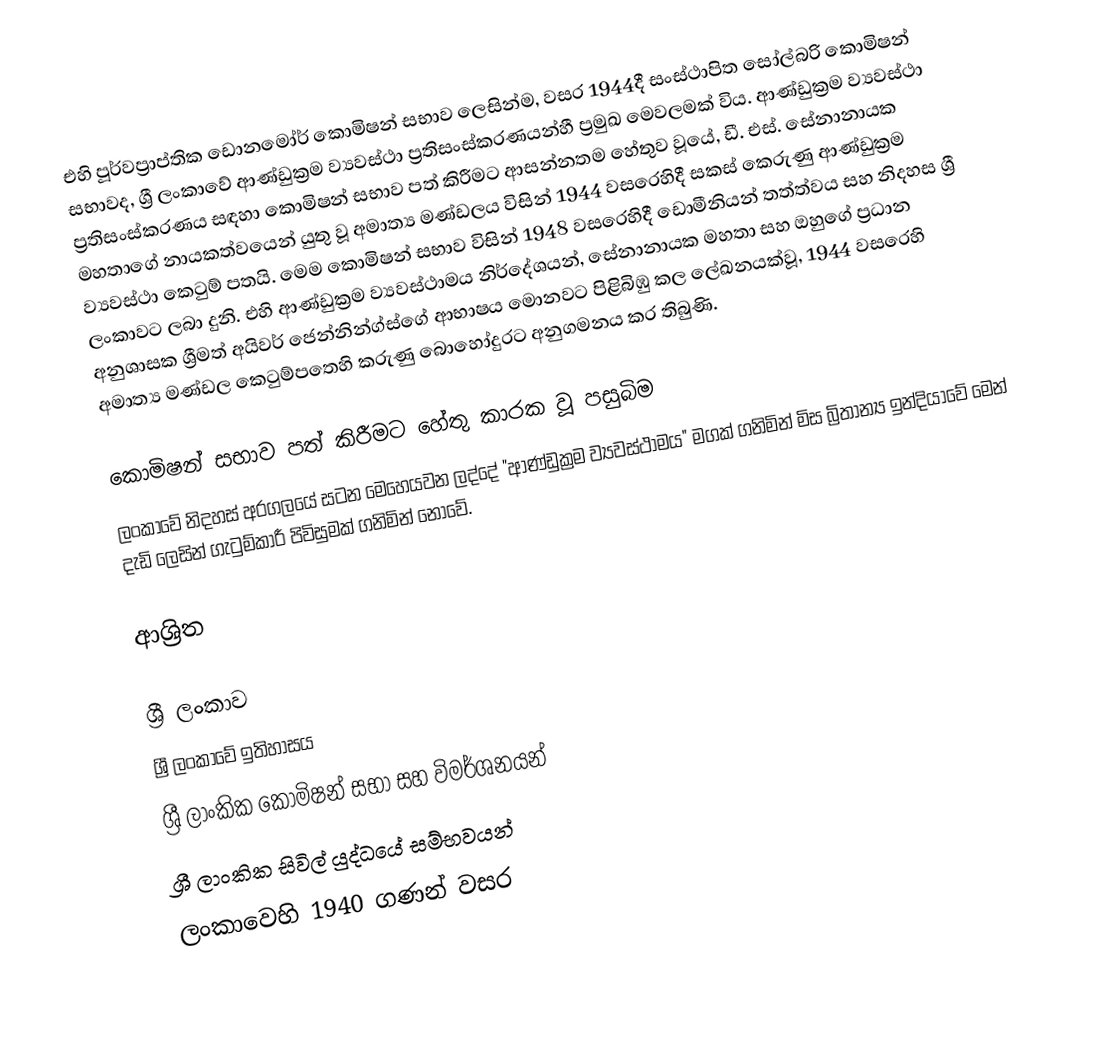
එහි පූර්වප්‍රාප්තික  ඩොනමෝර් කොමිෂන් සභාව ලෙසින්ම, වසර 1944දී සංස්ථාපිත  සෝල්බරි කොමිෂන් සභාවද,  ශ්‍රී ලංකාවේ ආණ්ඩුක්‍රම ව්‍යවස්ථා ප්‍රතිසංස්කරණයන්හී ප්‍රමුඛ මෙවලමක් විය. ආණ්ඩුක්‍රම ව්‍යවස්ථා ප්‍රතිසංස්කරණය සඳහා කොමිෂන් සභාව පත් කිරීමට ආසන්නතම හේතුව වූයේ, ඩී. එස්. සේනානායක මහතාගේ නායකත්වයෙන් යුතු වූ අමාත්‍ය මණ්ඩලය විසින් 1944 වසරෙහිදී සකස් කෙරුණු ආණ්ඩුක්‍රම ව්‍යවස්ථා කෙටුම් පතයි. මෙම කොමිෂන් සභාව විසින් 1948 වසරෙහිදී ඩොමීනියන් තත්ත්වය සහ නිදහස ශ්‍රී ලංකාවට ලබා දුනි. එහි ආණ්ඩුක්‍රම ව්‍යවස්ථාමය නිර්දේශයන්, සේනානායක මහතා සහ ඔහුගේ ප්‍රධාන අනුශාසක ශ්‍රීමත්  අයිවර් ජෙන්නින්ග්ස්ගේ  ආභාෂය මොනවට පිළිබිඹු කල ලේඛනයක්වූ,  1944 වසරෙහි අමාත්‍ය මණ්ඩල කෙටුම්පතෙහි කරුණු  බොහෝදුරට  අනුගමනය කර තිබුණි.

කොමිෂන් සභාව පත් කිරීමට හේතු කාරක වූ පසුබිම
ලංකාවේ නිදහස් අරගලයේ සටන මෙහෙයවන ලද්දේ "ආණ්ඩුක්‍රම ව්‍යවස්ථාමය" මගක් ගනිමින් මිස බ්‍රිතාන්‍ය ඉන්දියාවේ මෙන් දැඩි ලෙසින් ගැටුම්කාරී පිවිසුමක් ගනිමින් නොවේ.

ආශ්‍රිත

ශ්‍රී ලංකාව
ශ්‍රී ලංකාවේ ඉතිහාසය
ශ්‍රී ලාංකික කොමිෂන් සභා සහ විමර්ශනයන්
ශ්‍රී ලාංකික සිවිල් යුද්ධයේ සම්භවයන්
ලංකාවෙහි 1940 ගණන් වසර